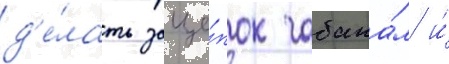
д'е́лать заце́пок чабана́м и́